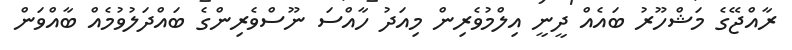
ރާއްޖޭގެ މަޝްހޫރު ބައެއް ދީނީ އިލްމުވެރިން މިއަދު ހާއްސަ ނޫސްވެރިންގެ ބައްދަލުވުމެއް ބާއްވަން